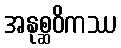
အနုစ္ဆဝိကဿ